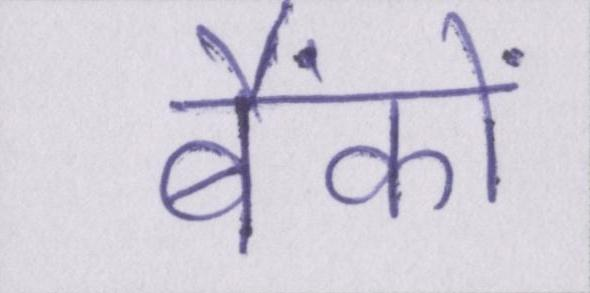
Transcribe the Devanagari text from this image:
बैंकों